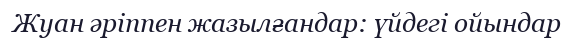
Жуан әріппен жазылғандар: үйдегі ойындар